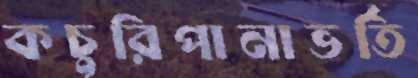
কচুরিপানাভর্তি